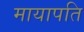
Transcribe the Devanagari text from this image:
मायापति